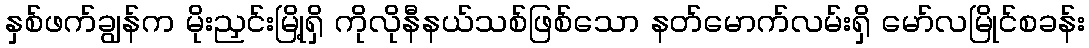
နှစ်ဖက်ချွန်က မိုးညှင်းမြို့ရှိ ကိုလိုနီနယ်သစ်ဖြစ်သော နတ်မောက်လမ်းရှိ မော်လမြိုင်စခန်း